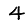
Digit: 4